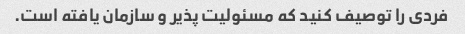
فردی را توصیف کنید که مسئولیت پذیر و سازمان یافته است.